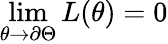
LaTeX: \operatorname*{lim}_{\theta\to\partial\Theta}L(\theta)=0